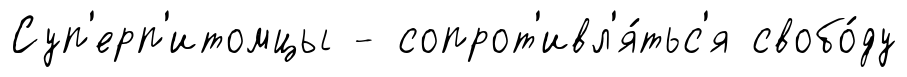
Суп'ерп'итомцы - сопрот'ивл'я́тьс'я свобо́ду